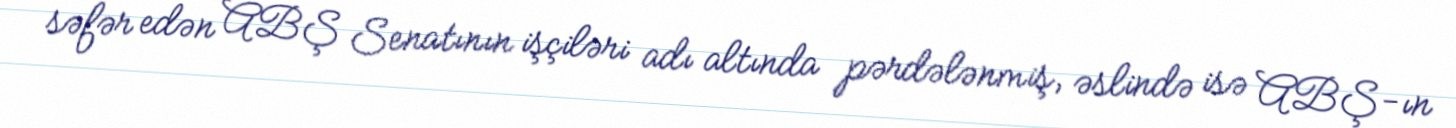
səfər edən ABŞ Senatının işçiləri adı altında pərdələnmiş, əslində isə ABŞ-ın